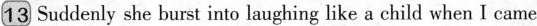
13 Suddenly she burst into laughing like a child when I came